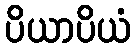
ပိယာပိယံ